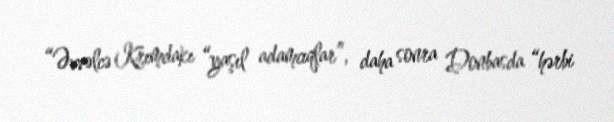
“Əvvəlcə Krımdakı “yaşıl adamcıqlar”, daha sonra Donbasda “hərbi